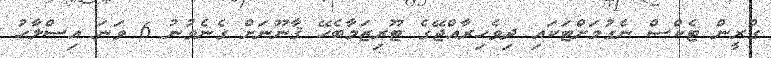
ގްރީން ޓެކްސް ނެގުމަށްޓަކައި ދިވެހިރާއްޖޭގެ ޓޫރިޒަމާބެހޭ ޤާނޫނަށް ގެނެވުނު 6 ވަނަ އިސްލާހު